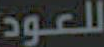
للعود